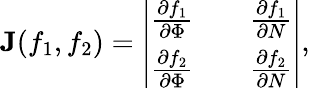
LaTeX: \textbf{J}(f_{1},f_{2})=\left|\begin{array}{lll}{\frac{\partial f_{1}}{\partial\Phi}}&{}&{\frac{\partial f_{1}}{\partial N}}\\ {\frac{\partial f_{2}}{\partial\Phi}}&{}&{\frac{\partial f_{2}}{\partial N}}\end{array}\right|,